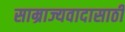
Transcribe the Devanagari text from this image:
साम्राज्यवादासाठी